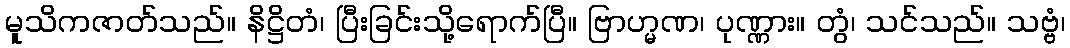
မူသိကဇာတ်သည်။ နိဋ္ဌိတံ၊ ပြီးခြင်းသို့ရောက်ပြီ။ ဗြာဟ္မဏ၊ ပုဏ္ဏား။ တွံ၊ သင်သည်။ သဗ္ဗံ၊